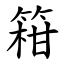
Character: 䈤